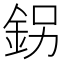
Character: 䤢